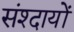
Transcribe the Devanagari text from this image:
संश्दायों